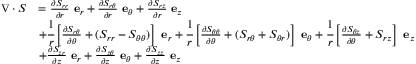
{ \begin{array} { r l } { { \boldsymbol { \nabla } } \cdot { \boldsymbol { S } } } & { = { \frac { \partial S _ { r r } } { \partial r } } ~ \mathbf { e } _ { r } + { \frac { \partial S _ { r \theta } } { \partial r } } ~ \mathbf { e } _ { \theta } + { \frac { \partial S _ { r z } } { \partial r } } ~ \mathbf { e } _ { z } } \\ & { + { \cfrac { 1 } { r } } \left[ { \frac { \partial S _ { r \theta } } { \partial \theta } } + ( S _ { r r } - S _ { \theta \theta } ) \right] ~ \mathbf { e } _ { r } + { \cfrac { 1 } { r } } \left[ { \frac { \partial S _ { \theta \theta } } { \partial \theta } } + ( S _ { r \theta } + S _ { \theta r } ) \right] ~ \mathbf { e } _ { \theta } + { \cfrac { 1 } { r } } \left[ { \frac { \partial S _ { \theta z } } { \partial \theta } } + S _ { r z } \right] ~ \mathbf { e } _ { z } } \\ & { + { \frac { \partial S _ { z r } } { \partial z } } ~ \mathbf { e } _ { r } + { \frac { \partial S _ { z \theta } } { \partial z } } ~ \mathbf { e } _ { \theta } + { \frac { \partial S _ { z z } } { \partial z } } ~ \mathbf { e } _ { z } } \end{array} }